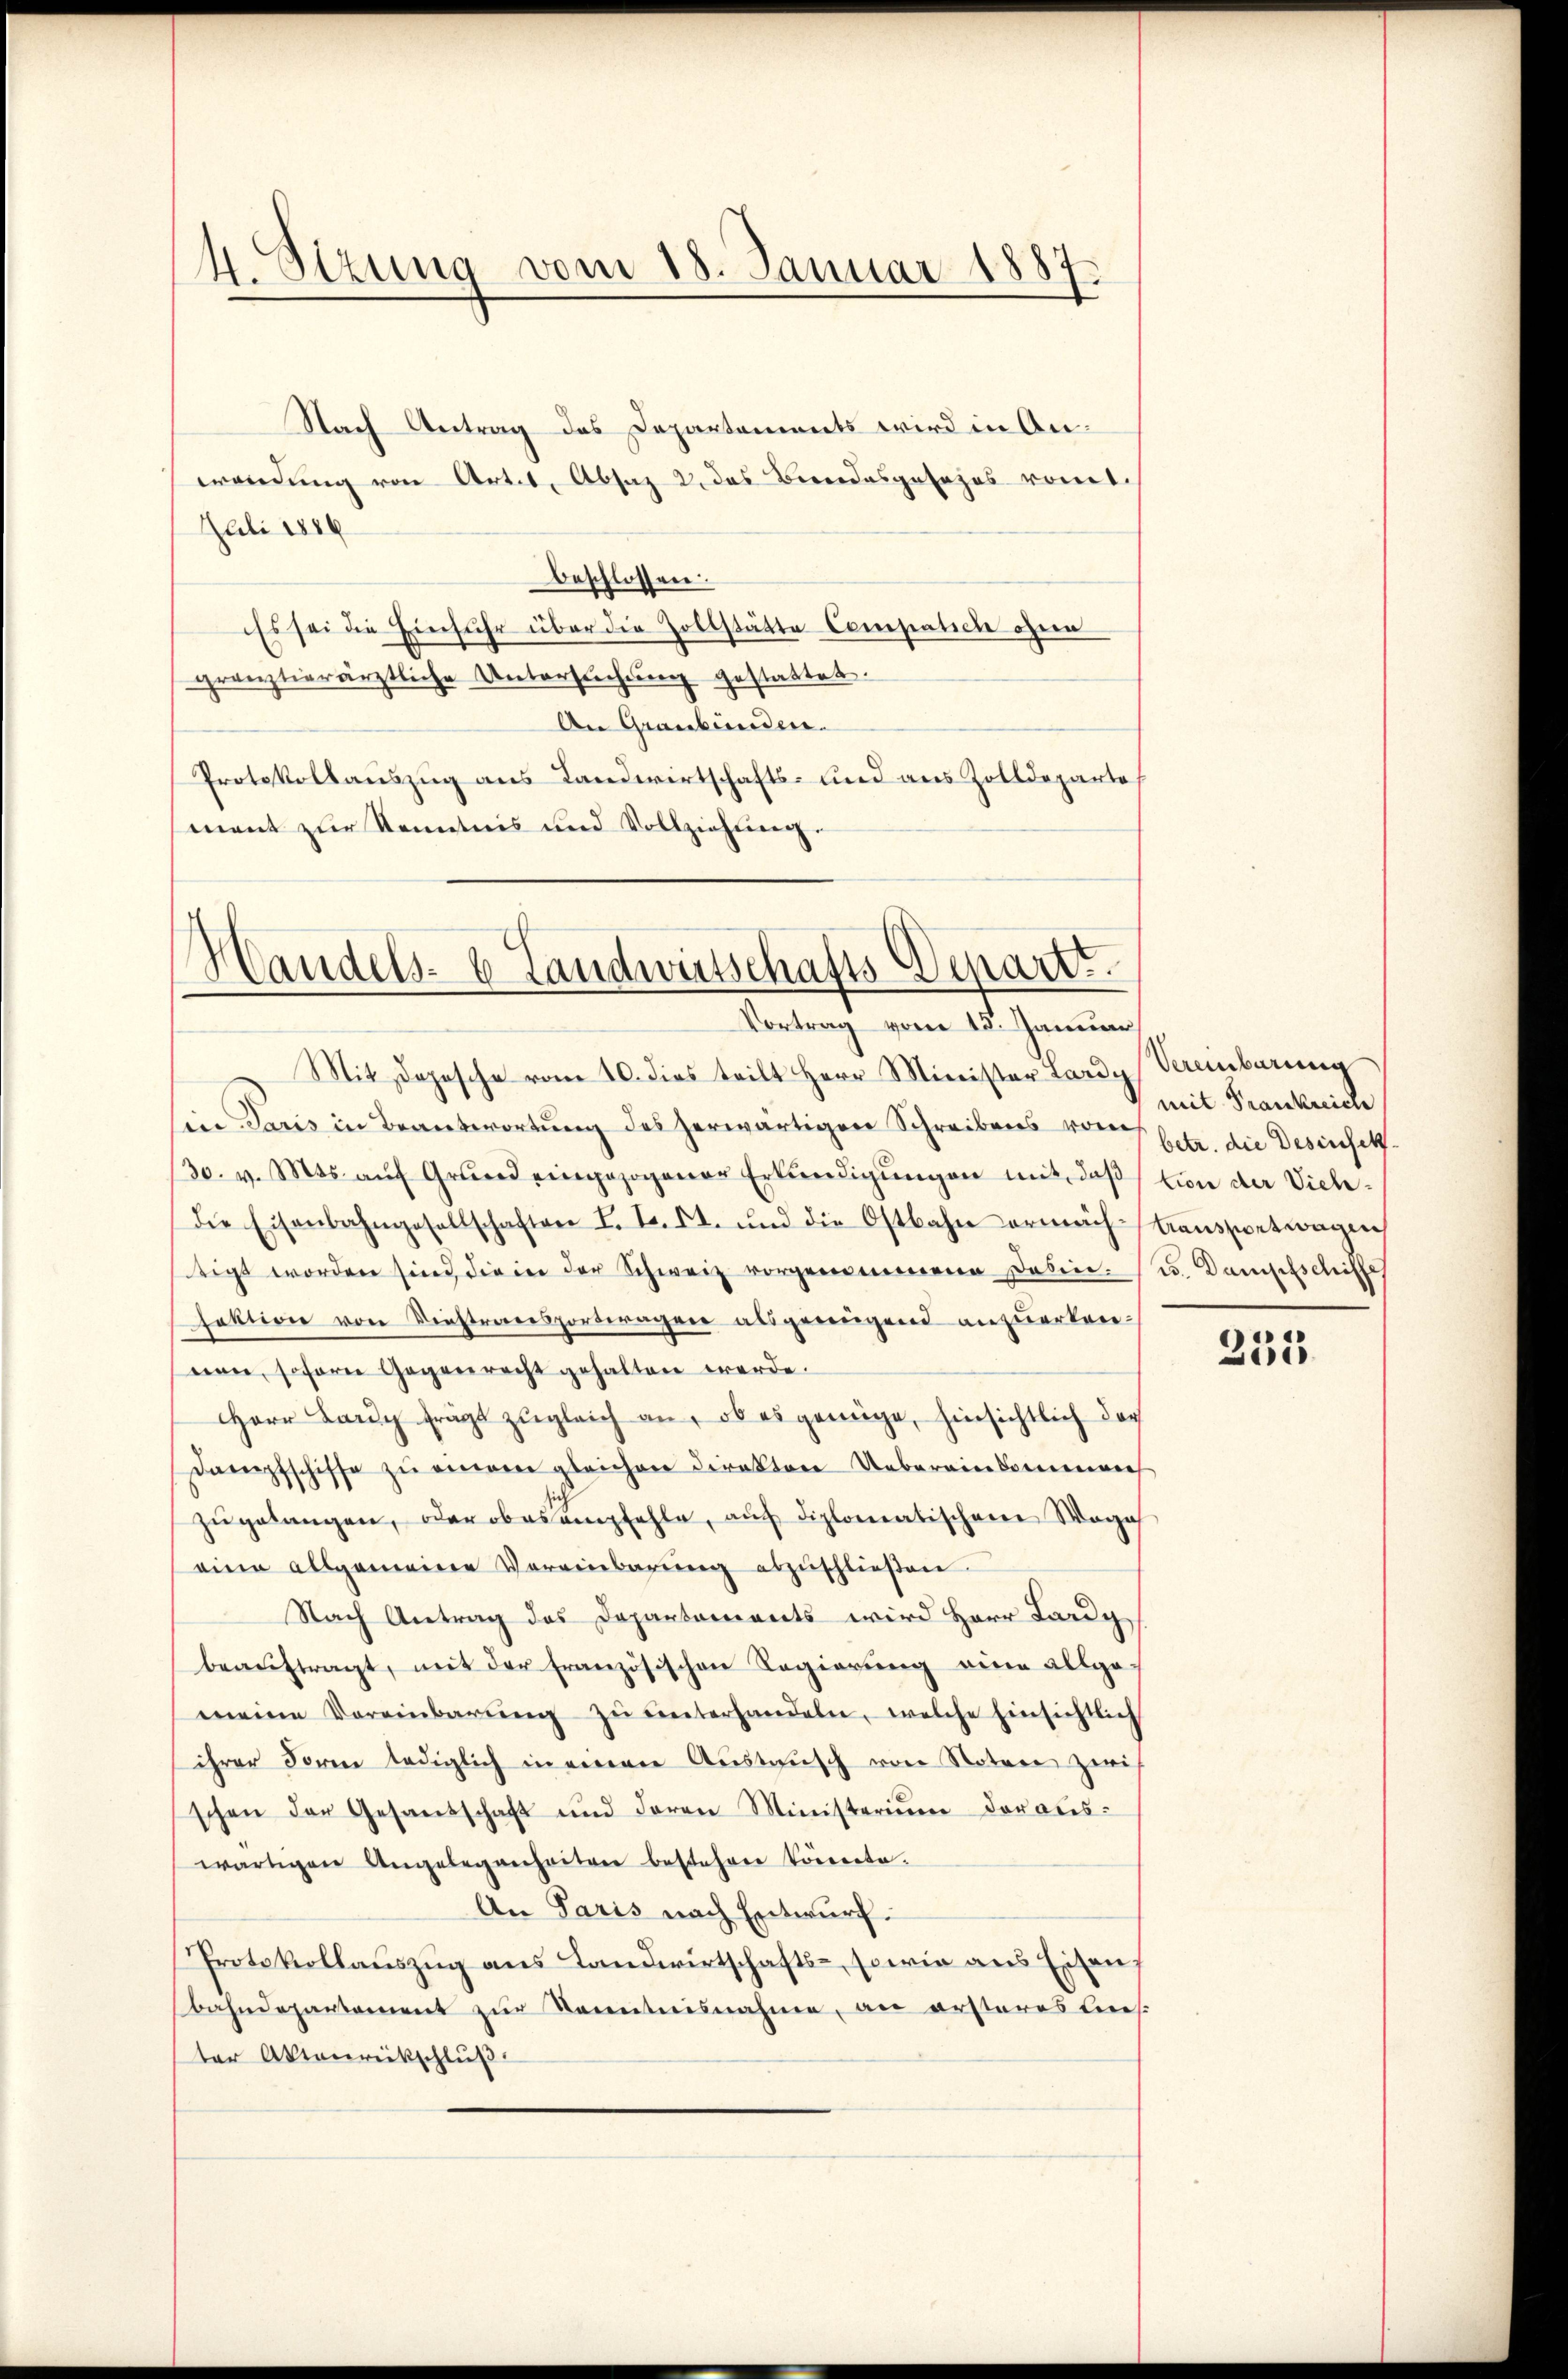
4. Stzung vom 18. Januar 1887.

Nach Antrag des Departements wird in Anwendung von Artes, Absaz 2. das Beendesgesezes romt.
Juli 1886
beschlossen.
Es sei die Einfuhr über die Zollstätte Compatiche ohne
grenztierärztliche Untersŭchŭng gestattet.
An Graubünden.
Protokollauszug aus Landwirtschafts- und aus Zolldeparte
ment zur Kenntnis und Vollziehung.

Handels- 6 Landwirtschafts-Depart.
Vortrag vom 13. Januar

Mit Depesche vom 10. dies teilt Herr Minister Lardy Vereinbarung
in Paris in Beantwortung des herwärtigen Schreibens von betr. die Desinsetz¬
30. v. Mts. aŭf Grŭnd eingezogener Erkŭndigŭngen mit, daß tion der Viehdie Eisenbahngesellschaften L. L. St. und die Ostbahn ermachtaussetwagen
tigt worden sind, die in der Schweiz vorgenommene daben. (l. Dampfschiffe
faktion von Seestransporteragen als genügend anzuerkerenen, soferne Gegenrecht gehalten werde.
Herr Lang frägt zugleich an, ob es genüge, hinsichtlich dar
Dampfschiffe zŭ einem gleichen Direktor Uebereinkommen
zŭgelangen, oder obers empfehle, aŭf diplomatischen Wage
eine allgemeine Vereinbarŭng abzuschließen.
Nach Antrag des Departements wird Herr Lardy
beaŭftragt, mit der französischen Regierung eine allge-
meine Vereinbarŭng zŭ ŭnterhandeln, welche Einsichtlich
ihrer Forme lediglich in einen Austausch von Notare zwis
schen der Gesandschaft und deren Ministerium darauswärtigen Angelegenheiter bestehene Vortrete.
An Paris nach Entwurf.
Protokollauszug aus Landwirtschafts-, sowie aus Eisen,
bahndepartement zŭr Kenntnisnahme, an ersteres Lies
ter Aktenrückschluß

mit Frankreich

233.